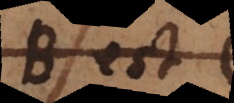
B est